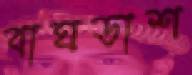
বাঘডাশ